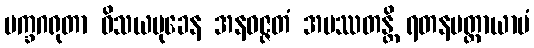
မက္ခဂရုတာ ဝိသယမုခေန အနဝဇ္ဇတံ အပဿတန္တိ ရတနမတ္တာယာမံ